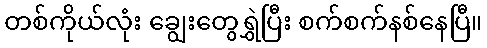
တစ်ကိုယ်လုံး ချွေးတွေရွှဲပြီး စက်စက်နစ်နေပြီ။